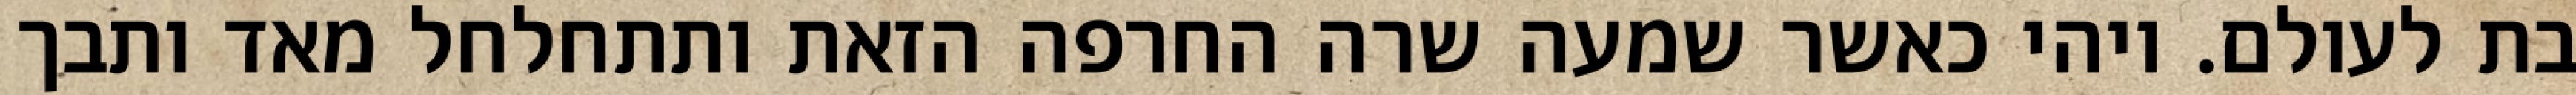
בת לעולם. ויהי כאשר שמעה שרה החרפה הזאת ותתחלחל מאד ותבך